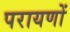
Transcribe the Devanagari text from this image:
परायणों